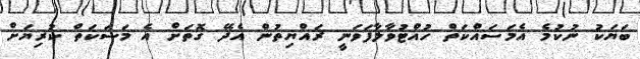
ބަޔަކު ނުކުމެ އެމަސައްކަތް ހުއްޓުވާލާފަވަނީ ރައްޔިތުން އެދޭ ގޮތަށް އެ މަސަކަތް ކުރިޔަށް